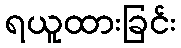
ရယူထားခြင်း